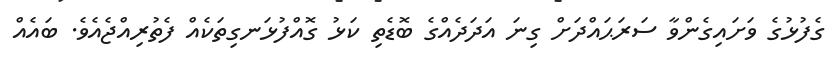
ގެފުޅުގެ ވަށައިގެންވާ ސަރަޙައްދަށް ގިނަ އަދަދެއްގެ ބޮޑެތި ކަޅު ގޮއްފުޅަނގިތަކެއް ފެތުރިއްޖެއެވެ. ބައެއް